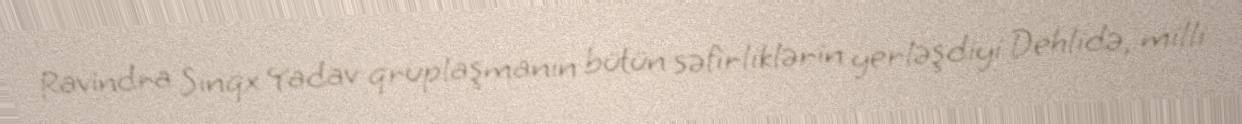
Ravindra Sinqx Yadav qruplaşmanın bütün səfirliklərin yerləşdiyi Dehlidə, milli